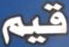
قيم